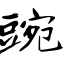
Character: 豌